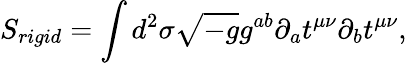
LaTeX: S_{rigid}=\int d^{2}\sigma\sqrt{-g}g^{ab}\partial_{a}t^{\mu\nu}\partial_{b}t^{\mu\nu},